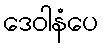
ဒေဝါနံပေ